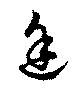
途